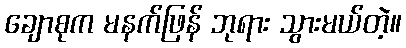
ချောစုက မနက်ဖြန် ဘုရား သွားမယ်တဲ့။